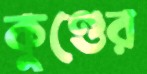
কুণ্ডের